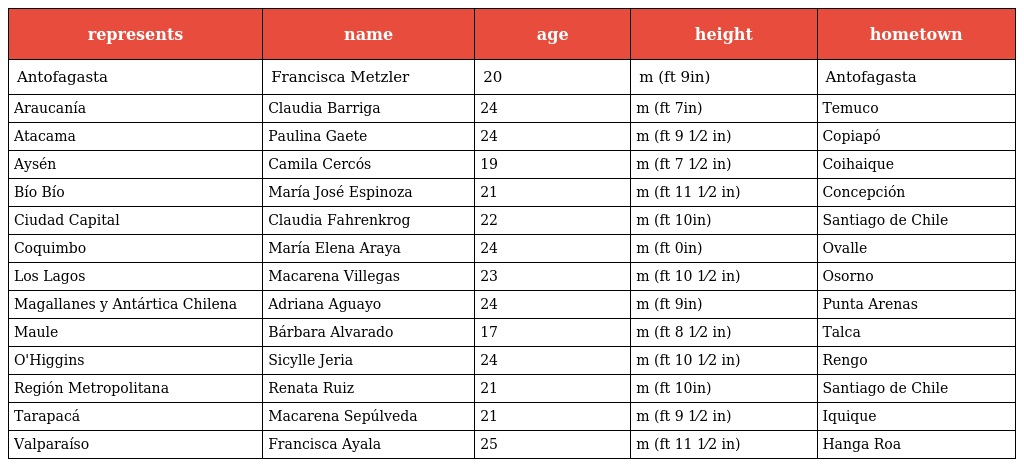
| represents | name | age | height | hometown |
 | --- | --- | --- | --- | --- |
 | Antofagasta | Francisca Metzler | 20 | m (ft 9in) | Antofagasta |
 | Araucanía | Claudia Barriga | 24 | m (ft 7in) | Temuco |
 | Atacama | Paulina Gaete | 24 | m (ft 9 1⁄2 in) | Copiapó |
 | Aysén | Camila Cercós | 19 | m (ft 7 1⁄2 in) | Coihaique |
 | Bío Bío | María José Espinoza | 21 | m (ft 11 1⁄2 in) | Concepción |
 | Ciudad Capital | Claudia Fahrenkrog | 22 | m (ft 10in) | Santiago de Chile |
 | Coquimbo | María Elena Araya | 24 | m (ft 0in) | Ovalle |
 | Los Lagos | Macarena Villegas | 23 | m (ft 10 1⁄2 in) | Osorno |
 | Magallanes y Antártica Chilena | Adriana Aguayo | 24 | m (ft 9in) | Punta Arenas |
 | Maule | Bárbara Alvarado | 17 | m (ft 8 1⁄2 in) | Talca |
 | O'Higgins | Sicylle Jeria | 24 | m (ft 10 1⁄2 in) | Rengo |
 | Región Metropolitana | Renata Ruiz | 21 | m (ft 10in) | Santiago de Chile |
 | Tarapacá | Macarena Sepúlveda | 21 | m (ft 9 1⁄2 in) | Iquique |
 | Valparaíso | Francisca Ayala | 25 | m (ft 11 1⁄2 in) | Hanga Roa |